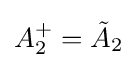
A_{2}^{+}={\tilde {A}}_{2}